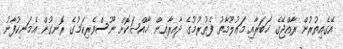
އޭގެއިތުރުން ރާއްޖޭގެ ޚަބަރާއި މަޢުލޫމާތު ފެތުރުމުގެ ދާއިރާއިން ޚާއްޞަކޮށް ނޫސްވެރިކަމުގެ ރޮނގުން އެމަނިކުފާނު